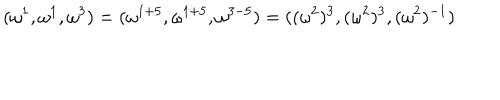
( \omega ^ { 1 } , \omega ^ { 1 } , \omega ^ { 3 } ) = ( \omega ^ { 1 + 5 } , \omega ^ { 1 + 5 } , \omega ^ { 3 - 5 } ) = ( ( \omega ^ { 2 } ) ^ { 3 } , ( \omega ^ { 2 } ) ^ { 3 } , ( \omega ^ { 2 } ) ^ { - 1 } )